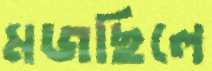
মজছিলে